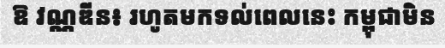
ឱ វណ្ណឌីន៖ រហូតមកទល់ពេលនេះ កម្ពុជាមិន